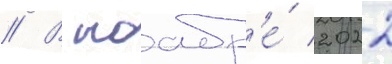
// В ноабр'е́ 2022